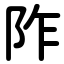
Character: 阼